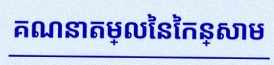
គណនាតម្លៃនៃកន្សោម